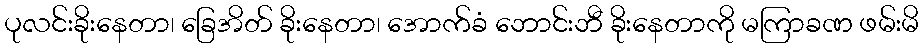
ပုလင်းခိုးနေတာ၊ ခြေအိတ် ခိုးနေတာ၊ အောက်ခံ ဘောင်းဘီ ခိုးနေတာကို မကြာခဏ ဖမ်းမိ